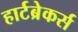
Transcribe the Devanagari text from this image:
हार्टब्रेकर्स